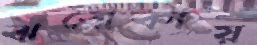
ঝরোকায়